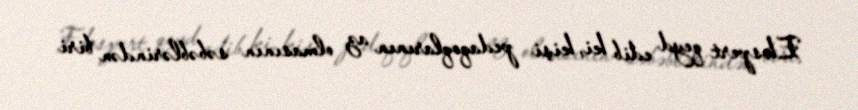
Ekspert qeyd edib ki, kişi pedaqoqlarının az olmasının səbəblərindən biri